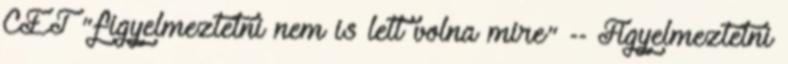
CET "figyelmeztetni nem is lett volna mire" -- Figyelmeztetni